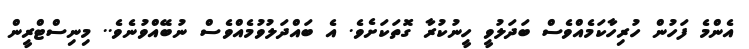
އެންމެ ފަހުން ހުރިހާކަމެއްވެސް ބަދަލުވީ ހީނުކުރާ ގޮތަކަށެވެ. އެ ބައްދަލުވުމެއްވެސް ނުބޭއްވުނެވެ.. މިނިސްޓްރީން